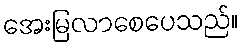
အေးမြလာစေပေသည်။